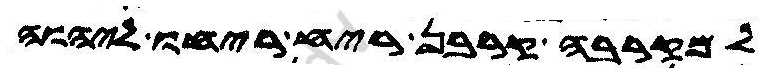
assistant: למקרבה קרבן ריח ריחו ליהוה